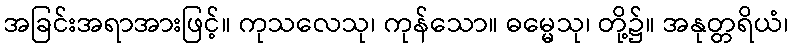
အခြင်းအရာအားဖြင့်။ ကုသလေသု၊ ကုန်သော။ ဓမ္မေသု၊ တို့၌။ အနုတ္တရိယံ၊